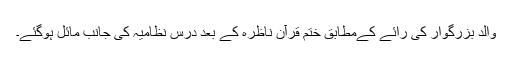
والد بزرگوار کی رائے کےمطابق ختم قرآن ناظرہ کے بعد درس نظامیہ کی جانب مائل ہوگئے۔